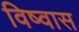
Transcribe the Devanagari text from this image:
विष्वास